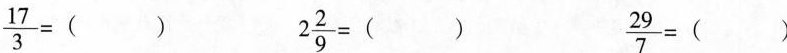
$$\frac { 1 7 } { 3 } = ( )$$ $$2 \frac { 2 } { 9 } = ( )$$ $$\frac { 2 9 } { 7 } = ($$